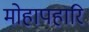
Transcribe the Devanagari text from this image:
मोहापहारि